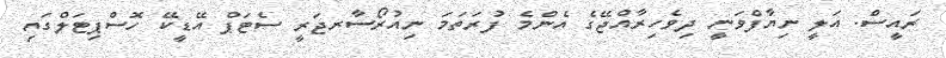
ރައީސް. އަލީ ނިޔާފްވަނީ ދިވެހިރާއްޖޭގެ އެންމެ ފުރަތަމަ ނިއުރޯސާރޖަރީ ސެޓަޕް އޭޑީކޭ ހޮސްޕިޓަލްގައި